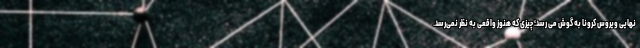
نهایی ویروس کرونا به گوش می رسد؛ چیزی که هنوز واقعی به نظر نمی‌رسد.